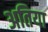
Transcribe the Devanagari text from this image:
अतिया